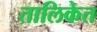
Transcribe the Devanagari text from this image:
तालिकेत